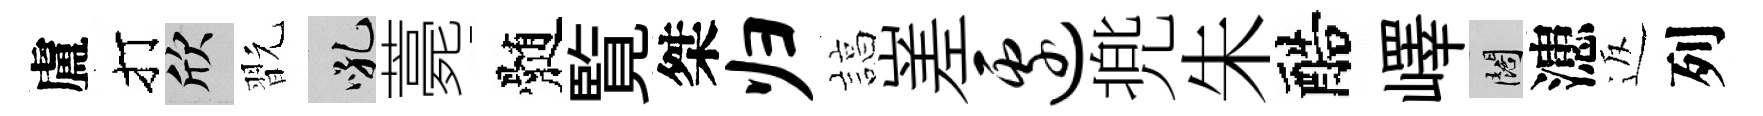
盧打欣翫吼薧髄覧桀归諄嵳边兠朱醅嶧闊漶返列